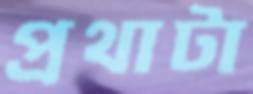
প্রথাটা